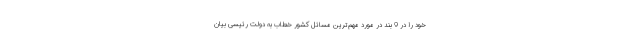
خود را در 9 بند در مورد مهم‌ترین مسائل کشور خطاب به دولت رئیسی بیان